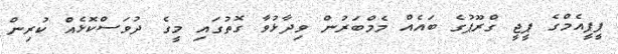
ޕީޕީއެމްގެ ޕީޖީ ގްރޫޕުގެ ބައެއް މެމްބަރުން ވިދާޅުވާ ގޮތުގައި މީގެ ދުވަސްކޮޅެއް ކުރިން